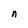
Character: n